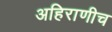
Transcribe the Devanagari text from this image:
अहिराणीच